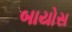
બાયોસ